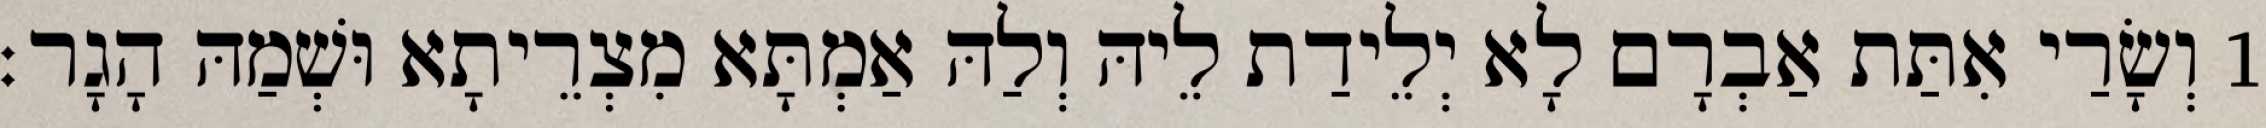
1 וְשָׂרַי אִתַּת אַבְרָם לָא יְלֵידַת לֵיהּ וְלַהּ אַמְתָּא מִצְרֵיתָא וּשְׁמַהּ הָגָר׃